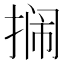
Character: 𫽔